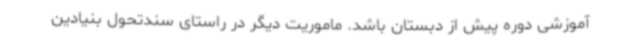
آموزشی دوره پیش از دبستان باشد. ماموریت دیگر در راستای سندتحول بنیادین